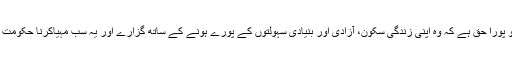
ہر انسان کو پورا حق ہے کہ وہ اپنی زندگی سکون، آزادی اور بنیادی سہولتوں کے پورے ہونے کے ساتھ گزارے اور یہ سب مہیاکرنا حکومت کا کام ہے۔